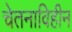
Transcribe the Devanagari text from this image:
चेतनाविहीन